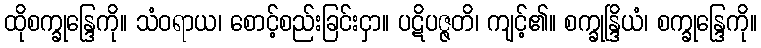
ထိုစက္ခုန္ဒြေကို။ သံဝရာယ၊ စောင့်စည်းခြင်းငှာ။ ပဋိပဇ္ဇတိ၊ ကျင့်၏။ စက္ခုန္ဒြိယံ၊ စက္ခုန္ဒြေကို။